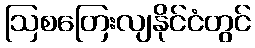
ဩစတြေးလျနိုင်ငံတွင်